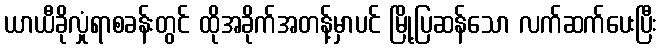
ယာယီခိုလှုံရာစခန်းတွင် ထိုအခိုက်အတန့်မှာပင် မြို့ပြဆန်သော လက်ဆက်ပေးပြီး